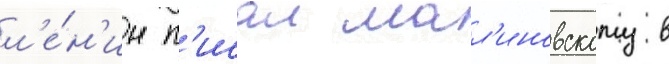
л'е́н'ин п'исал мал'иновскому в